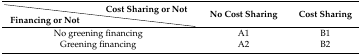
<table><thead><tr><td></td><td><b>Cost Sharing or Not</b></td><td rowspan="2"><b>No Cost Sharing</b></td><td rowspan="2"><b>Cost Sharing</b></td></tr><tr><td><b>Financing or Not</b></td><td></td></tr></thead><tbody><tr><td colspan="2">No greening financing</td><td>A1</td><td>B1</td></tr><tr><td colspan="2">Greening financing</td><td>A2</td><td>B2</td></tr></tbody></table>